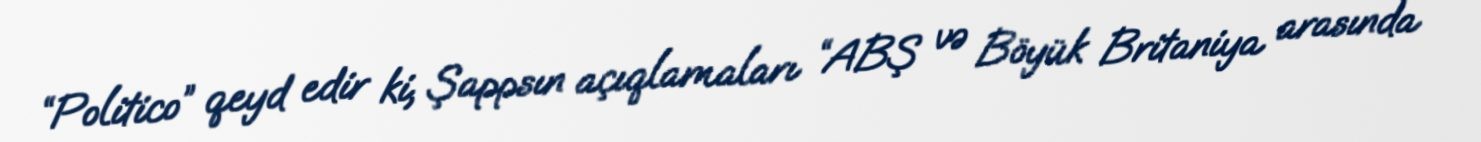
“Politico” qeyd edir ki, Şappsın açıqlamaları “ABŞ və Böyük Britaniya arasında